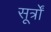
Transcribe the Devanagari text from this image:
सूर्त्रों